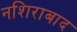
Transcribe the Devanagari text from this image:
नशिराबाद